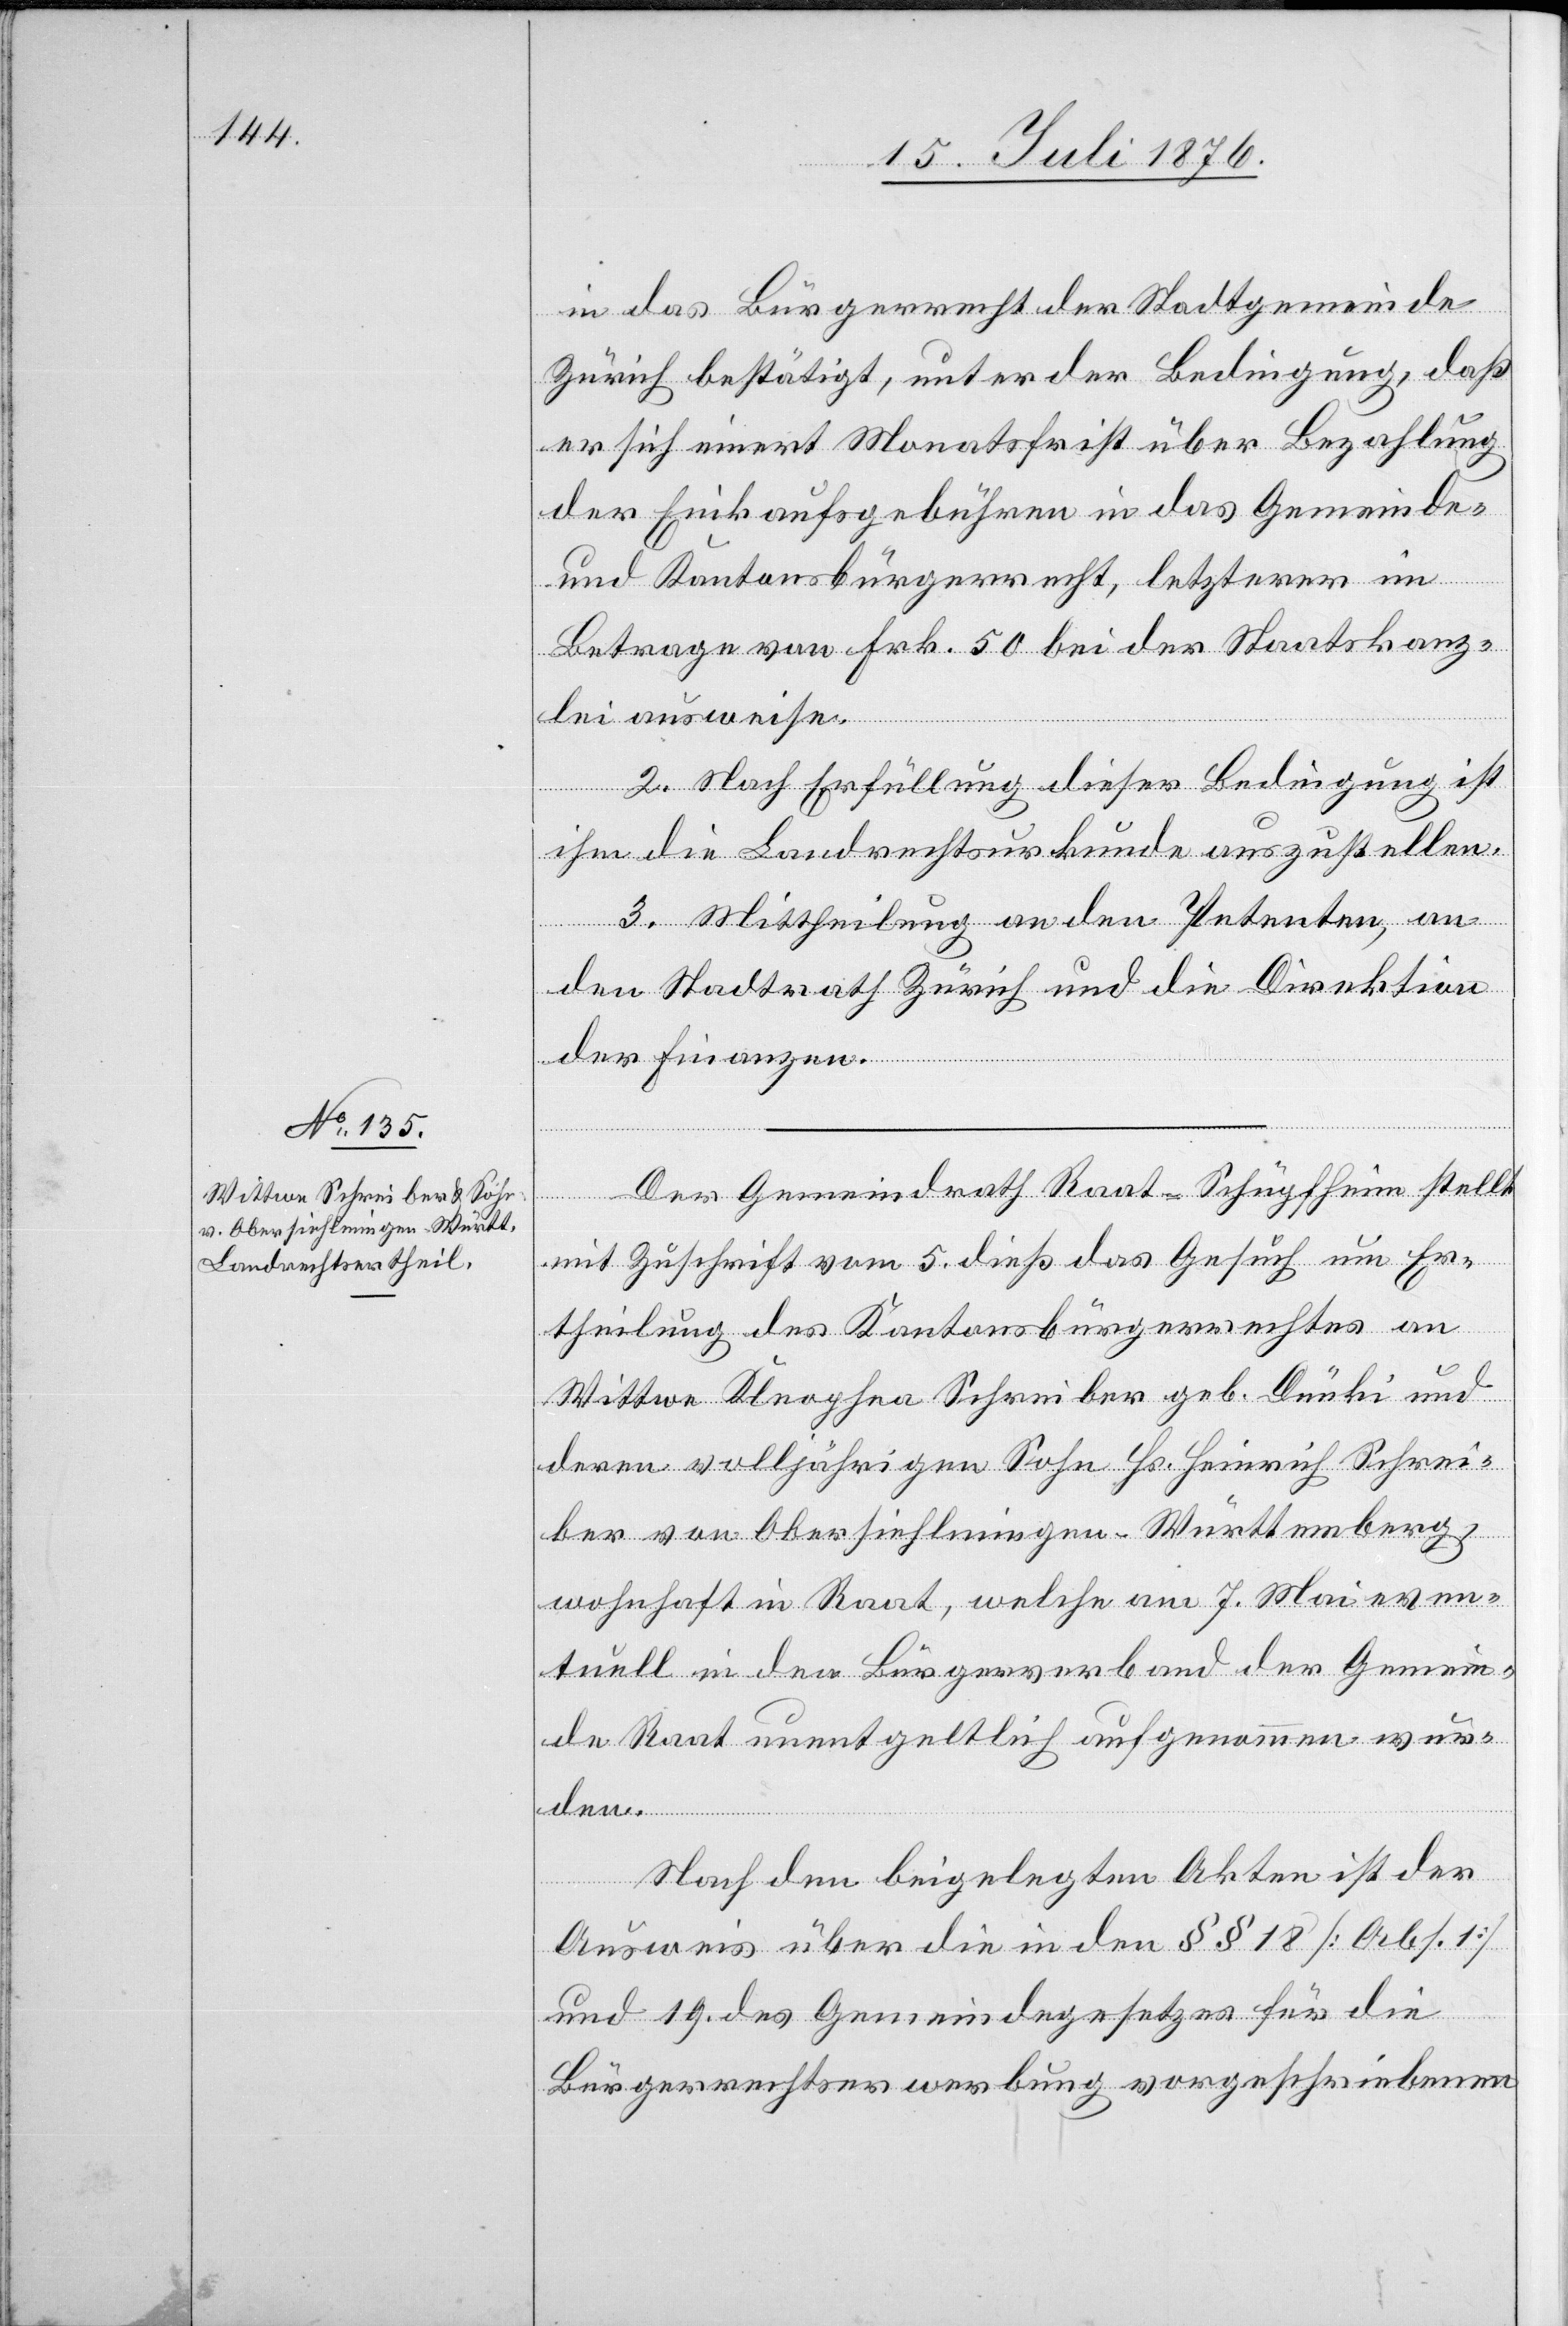
in das Bürgerrecht der Stadtgemeinde
Zürich bestätigt, unter der Bedingung, das
er sich innert Monatsfrist über Bezahlung
der Einkaufsgebühren in das Gemeinde-
und Kantonsbürgerrecht, letzterer im
Betrage von Frk. 50 bei der Staatskanz¬
lei ausweise.
2. Nach Erfüllung dieser Bedingung ist
ihm die Landrechtsurkunde auszustellen.
3. Mittheilung an den Petenten, an
den Stadtrath Zürich und an die Direktion
der Finanzen.